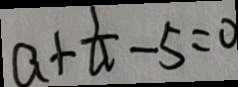
a + \frac { 1 } { a } - 5 = 0